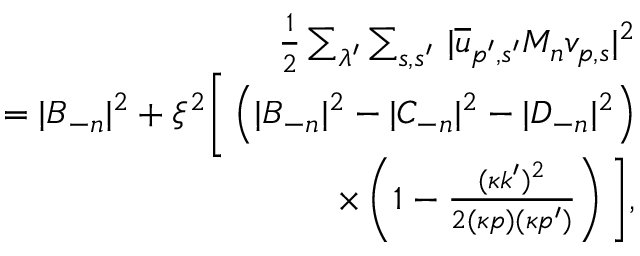
\begin{array} { r l r } & { } & { \frac { 1 } { 2 } \sum _ { \lambda ^ { \prime } } \sum _ { s , s ^ { \prime } } \, | \overline { { u } } _ { p ^ { \prime } , s ^ { \prime } } M _ { n } v _ { p , s } | ^ { 2 } } \\ & { } & { = | B _ { - n } | ^ { 2 } + \xi ^ { 2 } \bigg [ \left( | B _ { - n } | ^ { 2 } - | C _ { - n } | ^ { 2 } - | D _ { - n } | ^ { 2 } \right) } \\ & { } & { \times \left( 1 - \frac { ( \kappa k ^ { \prime } ) ^ { 2 } } { 2 ( \kappa p ) ( \kappa p ^ { \prime } ) } \right) \bigg ] , } \end{array}